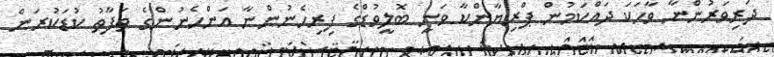
ދަރިވަރުންނާ ވާހަކަ ދައްކަމުން ޕްރިޔާންކާ ވަނީ ބޮލީވުޑްގެ ފިރިހެނުންނާ އަންހެނުންގެ ތަފާތު ކުޑަކުރަން